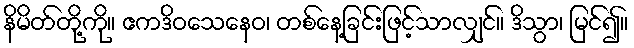
နိမိတ်တို့ကို။ ဧကဒိဝသေနေဝ၊ တစ်နေ့ခြင်းဖြင့်သာလျှင်။ ဒိသွာ၊ မြင်၍။